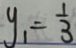
y _ { 1 } = \frac { 1 } { 3 }